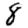
Digit: 8